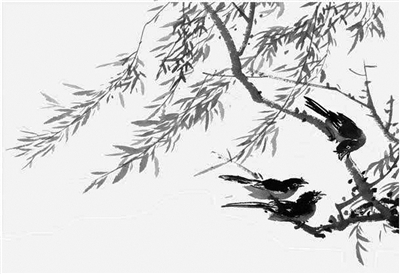
袅袅城边柳，青青陌上桑。